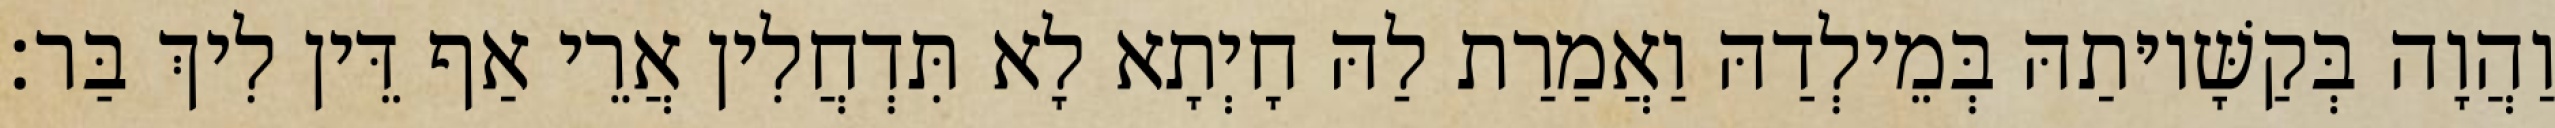
וַהֲוָה בְּקַשָּׁיוּתַהּ בְּמֵילְדַהּ וַאֲמַרַת לַהּ חָיְתָא לָא תִּדְחֲלִין אֲרֵי אַף דֵּין לִיךְ בַּר׃